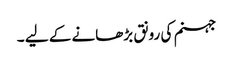
جہنم کی رونق بڑھانے کے لیے ۔